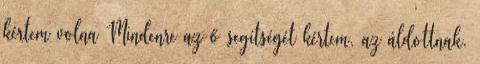
kértem volna Mindenre az ő segítségét kértem, az áldottnak.